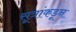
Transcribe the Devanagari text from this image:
सूत्रांकडून